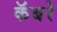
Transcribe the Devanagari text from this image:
कॅबरे